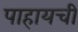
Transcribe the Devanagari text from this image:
पाहायची